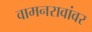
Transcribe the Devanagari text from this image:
वामनरावांवर